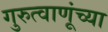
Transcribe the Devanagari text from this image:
गुरुत्वाणूंच्या